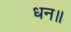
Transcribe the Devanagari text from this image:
धन॥